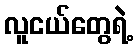
လူငယ်တွေရဲ့